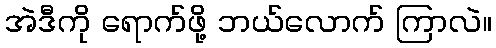
အဲဒီကို ရောက်ဖို့ ဘယ်လောက် ကြာလဲ။